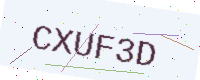
Text: CXUF3D